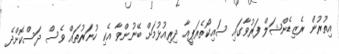
އިތުރުން ރެޒިޑެންޝަލް ފަރުވާގައި ސައިކޯތެރަޕީއާ ދިރިއުޅުމަށް ބޭނުންވާ އެކި ހުނަރުތައް ވެސް ދަސްކޮށްދެ